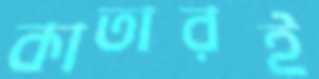
কাতারই